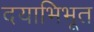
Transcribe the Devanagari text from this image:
दयाभिभूत